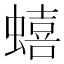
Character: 蟢